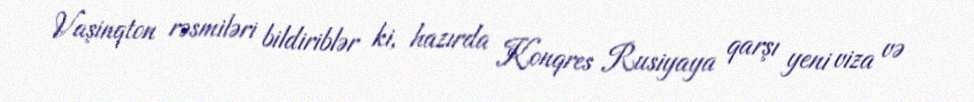
Vaşinqton rəsmiləri bildiriblər ki, hazırda Konqres Rusiyaya qarşı yeni viza və